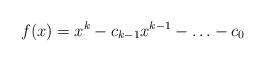
LaTeX: \begin{align*}f(x)& = x^{k}-c_{k-1}x^{k-1}-\ldots-c_{0}\end{align*}